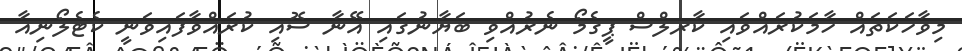
މިވާހަކަތައް ހާމަކުރައްވައި ކާރލްސް ޕީގެމޯ ނެރުއްވި ބަޔާނުގައި އޭނާ ސޮއި ކުރައްވާފައިވަނީ ކެޓެލޯނިއާ